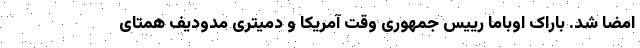
امضا شد. باراک اوباما رییس‌ جمهوری وقت آمریکا و دمیتری مدودیف همتای